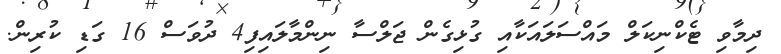
ދިމާވި ޓެކްނިކަލް މައްސަލައަކާއި ގުޅިގެން ޖަލްސާ ނިންމާލައިފި4 ދުވަސް 16 ގަޑި ކުރިން.